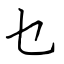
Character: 乜